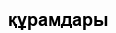
құрамдары